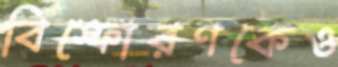
বিস্ফোরণকেও